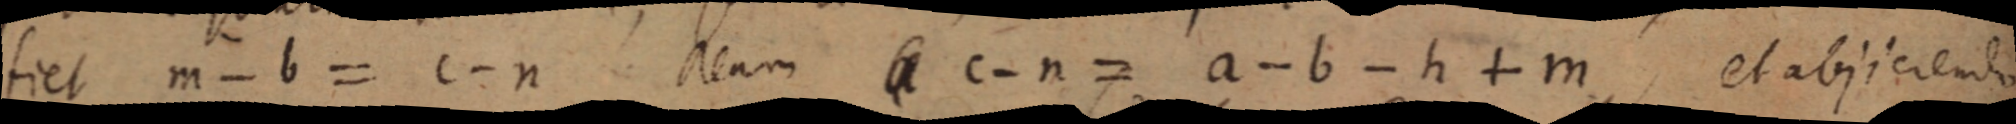
fiet m - b = c - n Nam _ a c - n = a - b - h + m, et abjiciendo